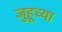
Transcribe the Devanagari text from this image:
जुहूच्या